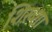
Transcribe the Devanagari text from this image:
शिख़्शा